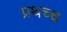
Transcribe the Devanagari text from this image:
प्रथच्च